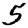
Digit: 5